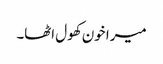
میرا خون کھول اٹھا۔